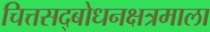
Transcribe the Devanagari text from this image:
चित्तसद्‍बोधनक्षत्रमाला